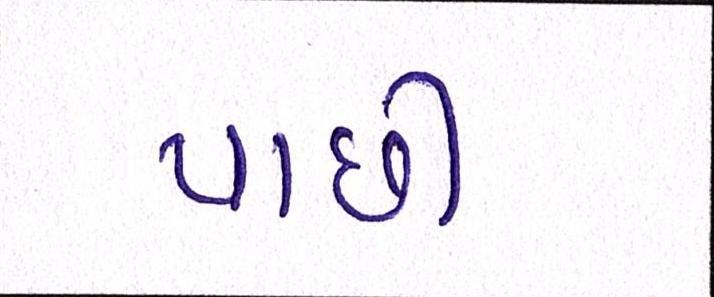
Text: પાછી